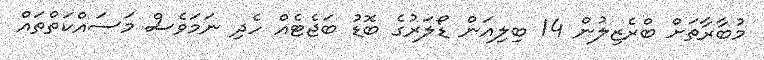
މުބާރާތަށް ބްރެޒިލުން 14 ބިލިއަން ޑޯލަރުގެ ބޮޑު ބަޖެޓެއް ހެދި ނަމަވެސް މަސައްކަތްތައް